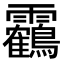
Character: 靏